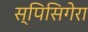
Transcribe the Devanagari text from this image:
स्पिसिगेरा